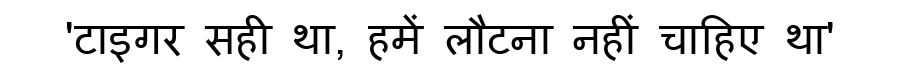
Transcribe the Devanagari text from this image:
'टाइगर सही था, हमें लौटना नहीं चाहिए था'